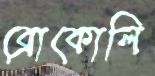
ব্রোকোলি